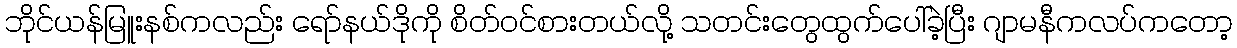
ဘိုင်ယန်မြူးနစ်ကလည်း ရော်နယ်ဒိုကို စိတ်ဝင်စားတယ်လို့ သတင်းတွေထွက်ပေါ်ခဲ့ပြီး ဂျာမနီကလပ်ကတော့